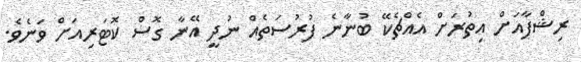
ރިޝްފާއަށް އިތުރަށް އެއްޗެކޭ ބުނާނެ ފުރުސަތެއް ނުދީ އޭނާ ގޮސް ކޮޓަރިއަށް ވަނެވެ.